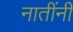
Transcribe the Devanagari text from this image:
नातींनी